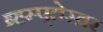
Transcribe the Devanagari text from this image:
ब्र्ह्स्प्तेस्व्रर